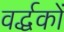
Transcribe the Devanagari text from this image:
वर्द्धकों